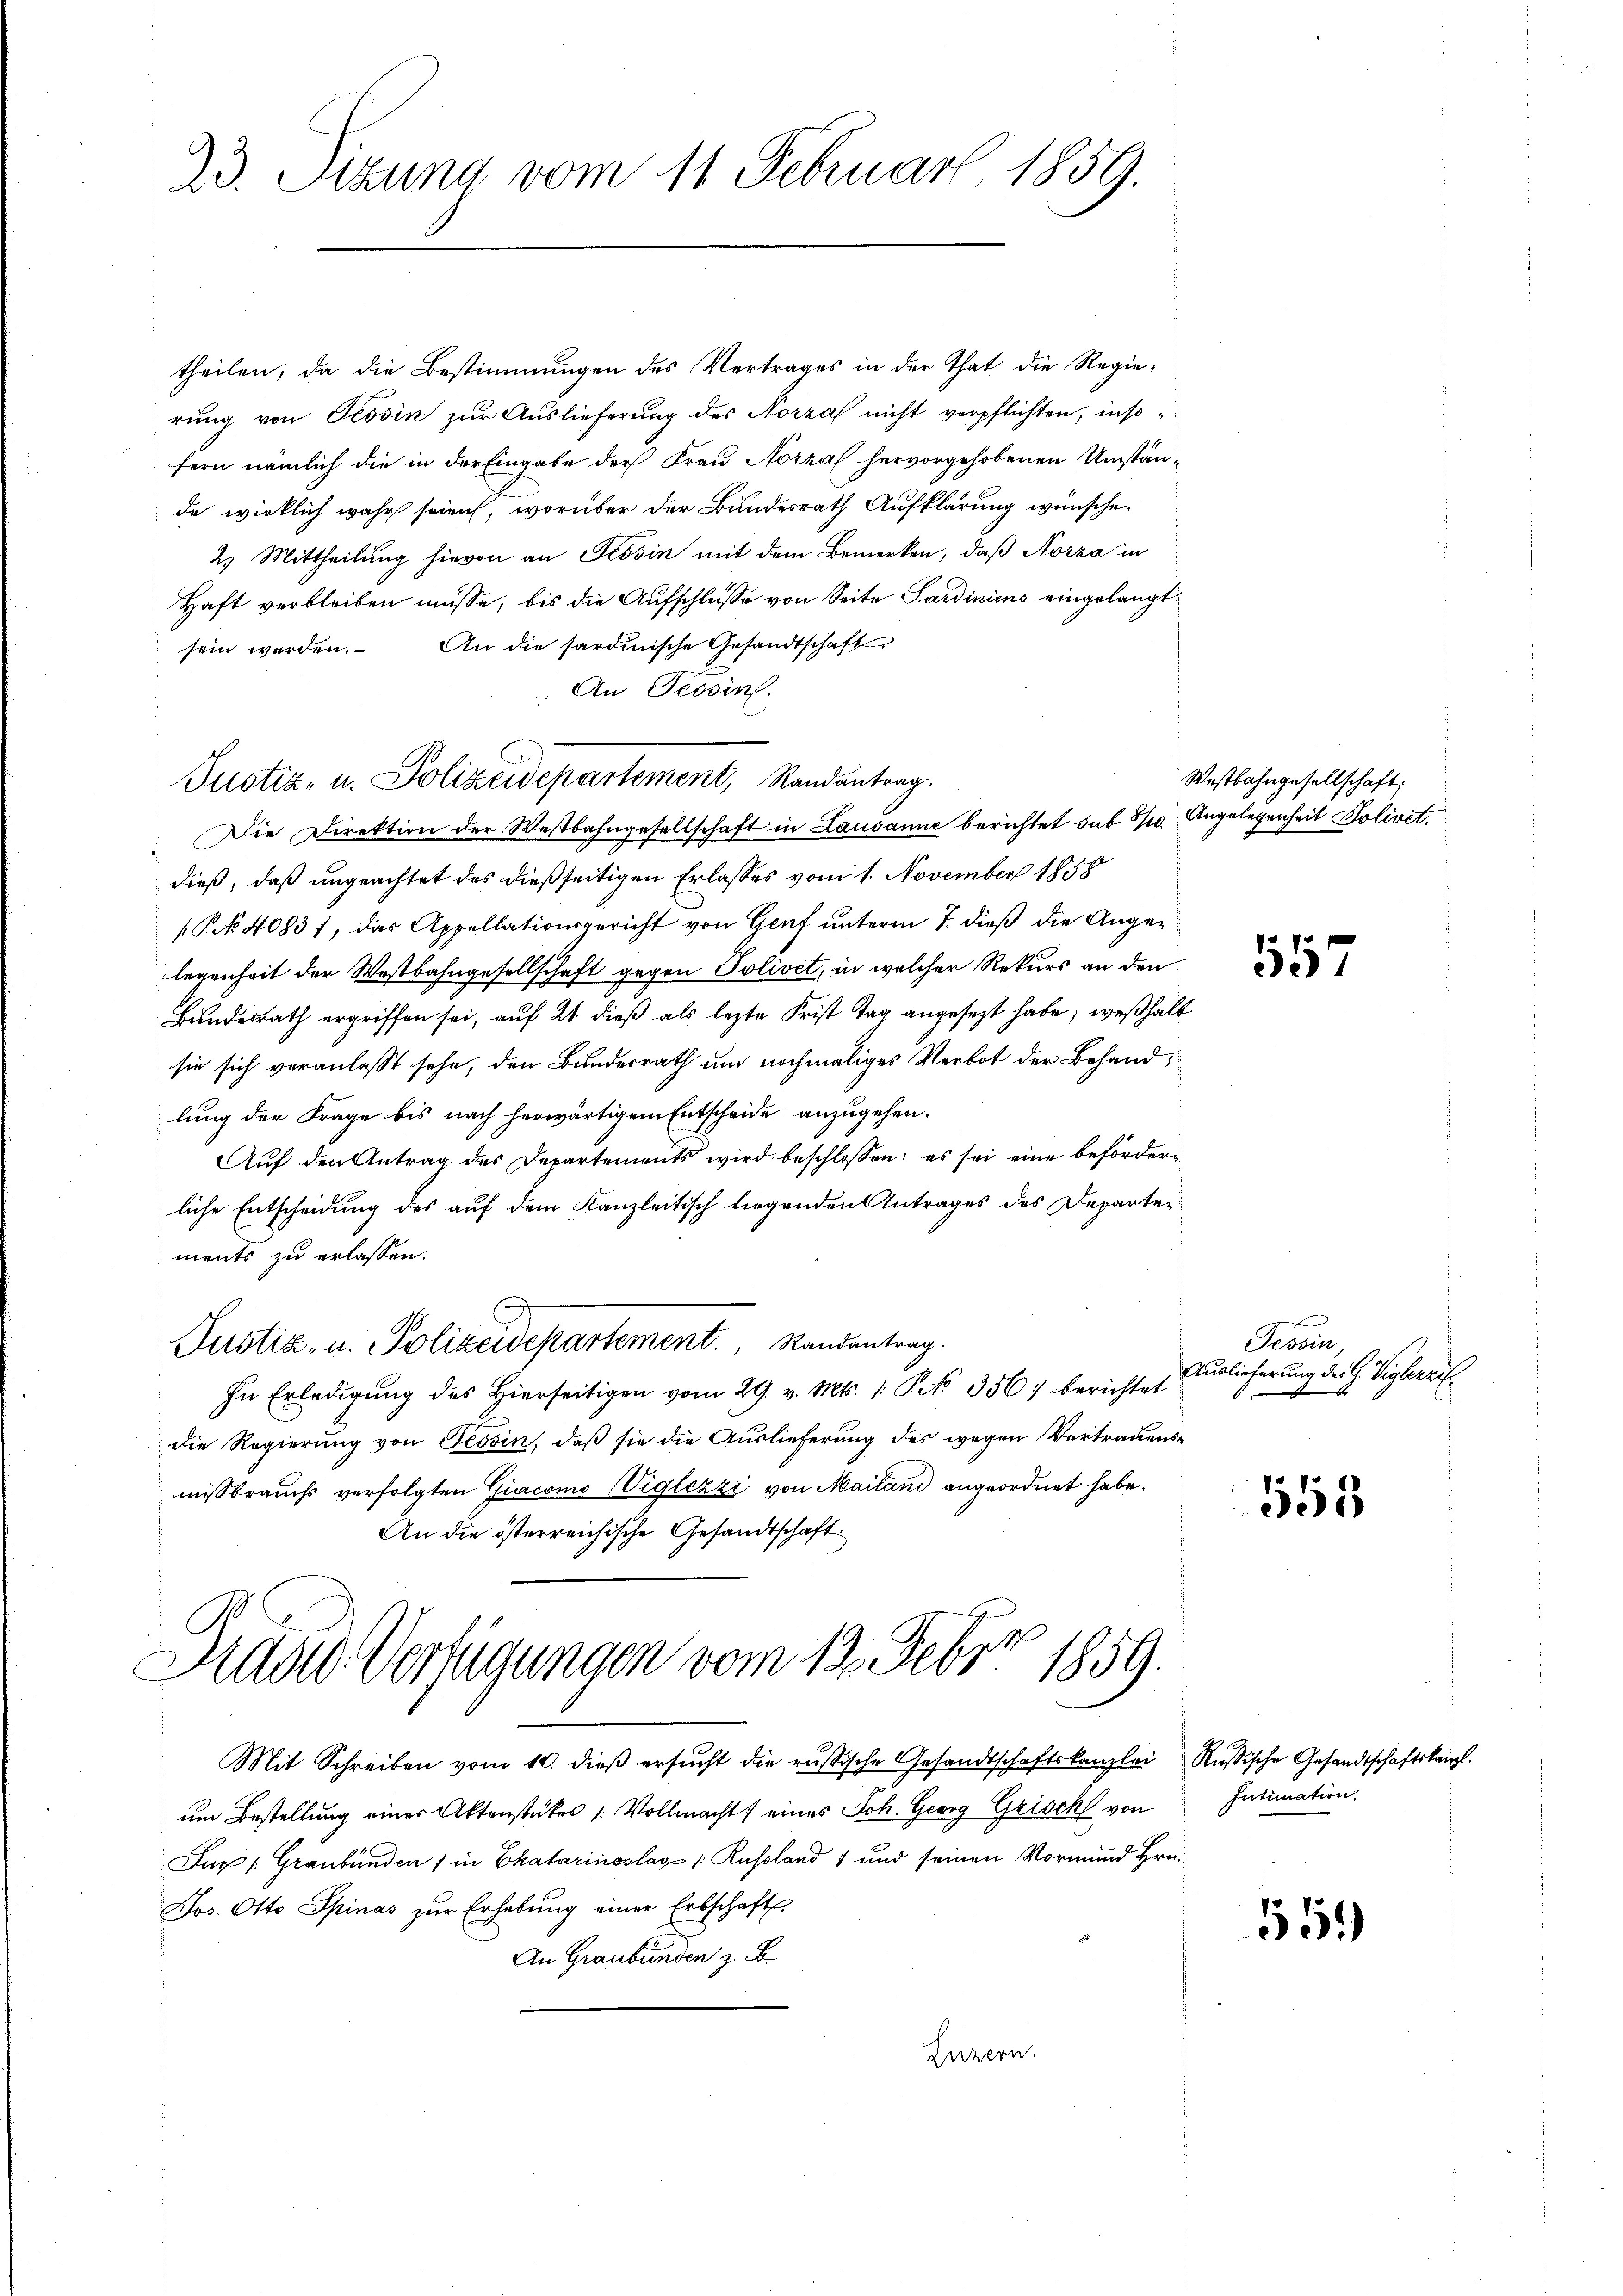
23. Stzung vom 11. Februar 1859.

theilen, da die Bestimmungen des Vertrages in der That die Regie-
rung von Tessin zur Auslieferung des Norza nicht verpflichten, insofern nämlich die in der Eingabe der Frau Norza hervorgehobenen Umstände wirklich wahr seien, worüber der Bundesrath Aufklärung wünsche.
2) Mittheilung hievon an Stösin mit dem Bemerken, daß Norza in
Haft verbleiben müsse, bis die Aufschlüsse von Seite Sardiniens eingelangt
sein werden. An die sardinische Gesandtschaft
An Tessin.
Die Direktion der Westbahngesellschaft in Lausanne berichtet sub Sp. Angelegenheit Solivet,
dieß, daß ungeachtet des dießseitigen Erlasses vom 1. November 1858
Pk 40837, das Appellationsgericht von Genf unterm 7. dieß die Angelegenheit der Wastbahngesellschaft gegen Polivet, in welcher Rekurs an den
Bundesrath ergriffen sei, auf 21 dieß als lezte Frist Tag angesezt habe; weshalt
sie sich veranlasst sehe, den Bundesrath um nochmaliges Verbot der Behandlung der Frage bis nach herwärtigem Entscheide anzugehen.
Aŭf den Antrag des Departements wird beschlossen: es sei eine beförderliche Entscheidung des auf dem Kanzleitisch liegenden Antrages des Departerments zu erlassen.
Justiz- u. Polizeidepartement. Randantrag.
In Erledigŭng des hierseitigen vom 29. v. Mts. 1. No. 356) berichtet
die Regierung von Tessin, daß sie die Auslieferung des wegen Vertrauensmissbrauchs verfolgten Giacomo Viglezzi von Mailand angeordnet habe.
An die österreichische Gesandtschaft

Justiz- u. Polizeidepartement, Randantrag.

Suder Verfügungen vom 13. Febr. 1859.

Wastbahngesellschaft;

Mit Schreiben vom 10. dieß ersucht die russische Gesandtschaftskanzlei
um Bestellung einer Aktenstückes /: Vollmacht eines Joh. Georg Grisch von
Fax /: Graubünden 1 in Ekatarinoslar : Russland 1 und seinen Vormund Hrn.
Jos. Otto Spinas zur Erhebung einer Erbschafts
An Graubünden z. B.
Luzern.

57

Tessin,
Auslieferung des H. Viglerrif¬

558

Rußische Gesandtschaftskanzl.
Intimation

559